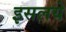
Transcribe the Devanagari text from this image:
इसलये